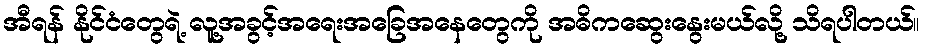
အီရန် နိုင်ငံတွေရဲ့ လူ့အခွင့်အရေးအခြေအနေတွေကို အဓိကဆွေးနွေးမယ်လို့ သိရပါတယ်။